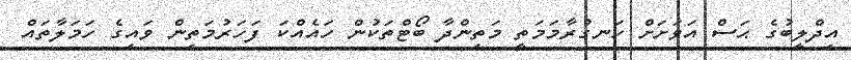
އިދްލީބުގެ ޙަސް އަވަށަށް ހަނގުރާމަމަތީ މަތިންދާ ބޯޓްތަކުން ހައެއްކަ ފަހަރުމަތިން ވައިގެ ހަމަލާތައް